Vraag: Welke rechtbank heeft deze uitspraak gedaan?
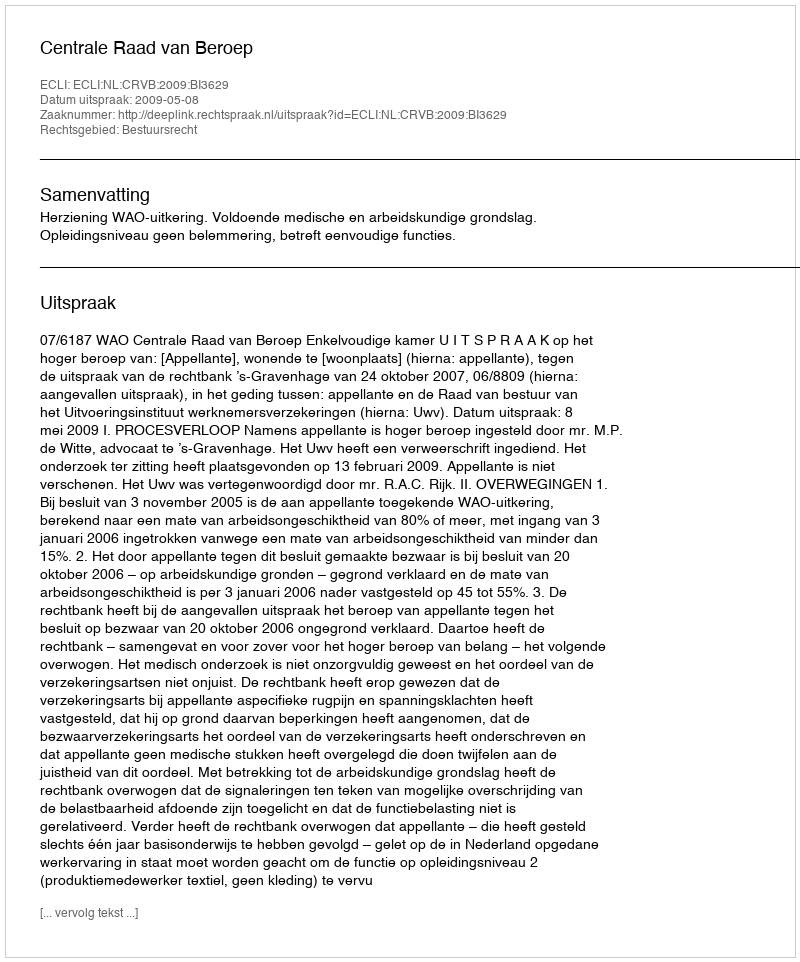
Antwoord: Centrale Raad van Beroep